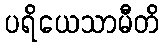
ပရိယေသာမီတိ